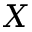
X